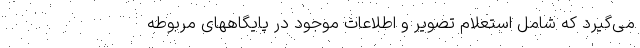
می‌گیرد که شامل استعلام تصویر و اطلاعات موجود در پایگاههای مربوطه